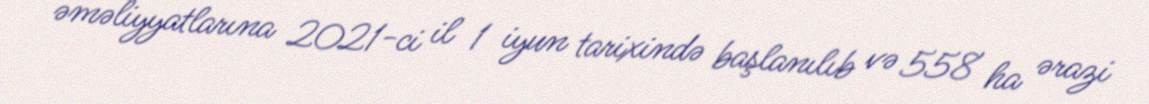
əməliyyatlarına 2021-ci il 1 iyun tarixində başlanılıb və 558 ha ərazi